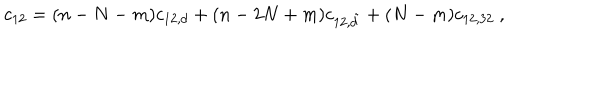
LaTeX: c _ { 1 2 } = ( n - N - m ) c _ { 1 2 , d } + ( n - 2 N + m ) c _ { 1 2 , \tilde { d } } + ( N - m ) c _ { 1 2 , 3 2 } \ ,